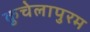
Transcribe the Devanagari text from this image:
कुचेलापुरम